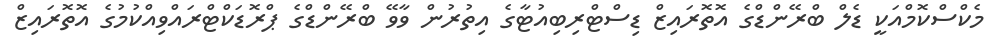
މެކްސްކޮމްއަކީ ޑެލް ބްރޭންޑްގެ އޮތޮރައިޒް ޑިސްޓްރިބިއުޓާގެ އިތުރުން ވާވޭ ބްރޭންޑްގެ ޕްރޮޑަކްޓްރައްވިއްކުމުގެ އޮތޮރައިޒް